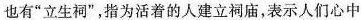
也有”立生祠”，指为活着的人建立祠庙，表示人们心中